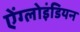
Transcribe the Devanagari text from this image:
ऐंग्लोइंडियन